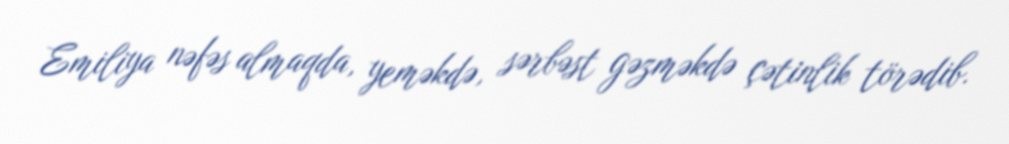
Emiliya nəfəs almaqda, yeməkdə, sərbəst gəzməkdə çətinlik törədib.